Annual report of the Imperial Bacteriologist
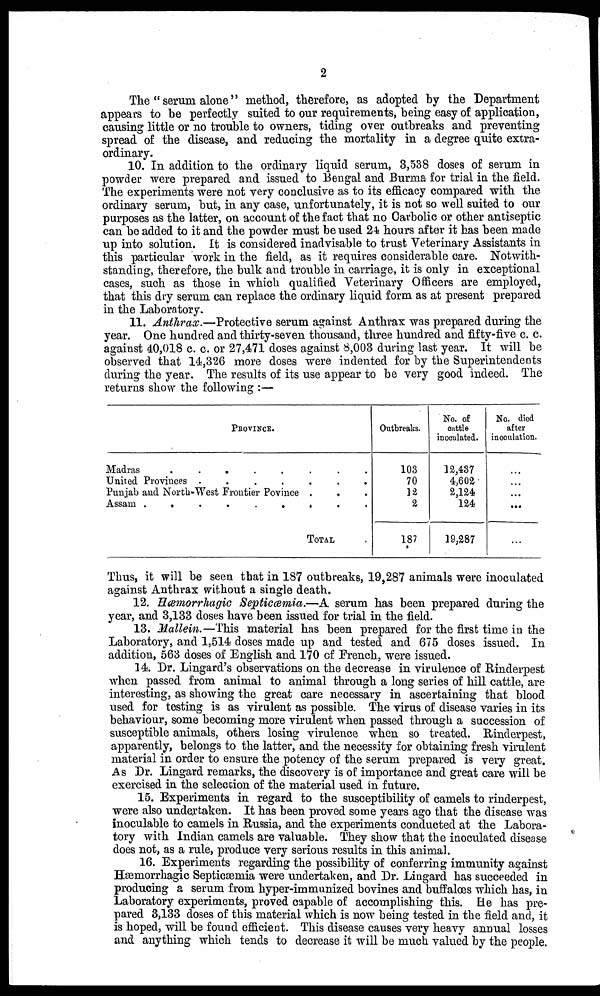
2
The " serum alone" method, therefore, as adopted by the Department
appears to be perfectly suited to our requirements, being easy of application,
causing little or no trouble to owners, tiding over outbreaks and preventing
spread of the disease, and reducing the mortality in a degree quite extra-
ordinary.
10. In addition to the ordinary liquid serum, 3,538 doses of serum in
powder were prepared and issued to Bengal and Burma for trial in the field.
The experiments were not very conclusive as to its efficacy compared with the
ordinary serum, but, in any case, unfortunately, it is not so well suited to our
purposes as the latter, on account of the fact that no Carbolic or other antiseptic
can be added to it and the powder must be used 24 hours after it has been made
up into solution. It is considered inadvisable to trust Veterinary Assistants in
this particular work in the field, as it requires considerable care. Notwith-
standing, therefore, the bulk and trouble in carriage, it is only in exceptional
cases, such as those in which qualified Veterinary Officers are employed,
that this dry serum can replace the ordinary liquid form as at present prepared
in the Laboratory.
11. Anthrax.—Protective serum against Anthrax was prepared during the
year. One hundred and thirty-seven thousand, three hundred and fifty-five c. c.
against 40,018 c. c. or 27,471 doses against 8,003 during last year. It will be
observed that 14,326 more doses were indented for by the Superintendents
during the year. The results of its use appear to be very good indeed. The
returns show the following :—
PROVINCE.
Madras
.
.
.
.
.
.
.
.
United Provinces .
.
.
.
.
.
.
Punjab and North-West Frontier Povince .
Assam .
.
.
.
.
.
.
.
.
TOTAL
Outbreaks.
103
70
12
2
187
No. of
cattle
inoculated.
12,437
4,602
2,124
124
19,287
No. died
after
inoculation.
. . .
. . .
. . .
. . .
. . .
Thus, it will be seen that in 187 outbreaks, 19,287 animals were inoculated
against Anthrax without a single death.
12. Hæmorrhagic Septiœmia.—A serum has been prepared during the
year, and 3,133 doses have been issued for trial in the field.
13. Mallein.—This material has been prepared for the first time in the
Laboratory, and 1,514 doses made up and tested and 675 doses issued. In
addition, 563 doses of English and 170 of French, were issued.
14. Dr. Lingard's observations on the decrease in virulence of Rinderpest
when passed from animal to animal through a long series of hill cattle, are
interesting, as showing the great care necessary in ascertaining that blood
used for testing is as virulent as possible. The virus of disease varies in its
behaviour, some becoming more virulent when passed through a succession of
susceptible animals, others losing virulence when so treated. Rinderpest,
apparently, belongs to the latter, and the necessity for obtaining fresh virulent
material in order to ensure the potency of the serum prepared is very great.
As Dr. Lingard remarks, the discovery is of importance and great care will be
exercised in the selection of the material used in future.
15. Experiments in regard to the susceptibility of camels to rinderpest,
were also undertaken. It has been proved some years ago that the disease was
inoculable to camels in Russia, and the experiments conducted at the Labora-
tory with Indian camels are valuable. They show that the inoculated disease
does not, as a rule, produce very serious results in this animal.
16. Experiments regarding the possibility of conferring immunity against
Hæmorrhagic Septicæmia were undertaken, and Dr. Lingard has succeeded in
producing a serum from hyper-immunized bovines and buffaloes which has, in
Laboratory experiments, proved capable of accomplishing this. He has pre-
pared 3,133 doses of this material which is now being tested in the field and, it
is hoped, will be found efficient. This disease causes very heavy annual losses
and anything which tends to decrease it will be much valued by the people.